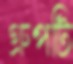
গ্রুপটি